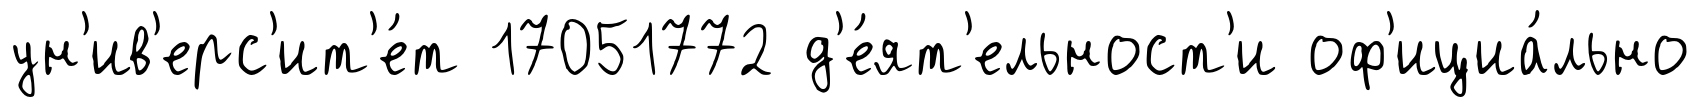
ун'ив'ерс'ит'е́т 17051772 д'е́ят'ельност'и оф'ициа́льно